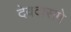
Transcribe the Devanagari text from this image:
देवदासमे